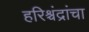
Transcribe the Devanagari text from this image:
हरिश्चंद्रांचा